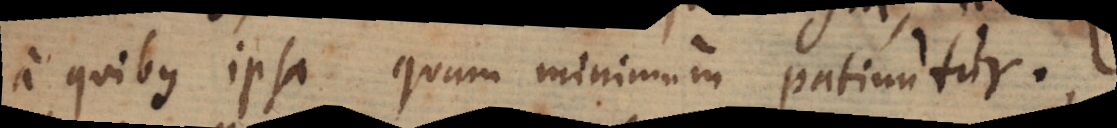
a quibus ipsa quam minimum patiuntur;